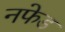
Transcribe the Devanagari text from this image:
नफेड